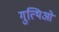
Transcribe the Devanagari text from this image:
गुत्थिओं